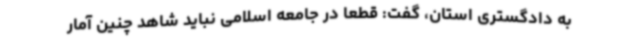
به دادگستری استان، گفت: قطعا در جامعه اسلامی نباید شاهد چنین آمار